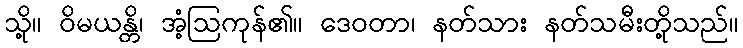
သို့။ ဝိမယန္တိ၊ အံ့ဩကုန်၏။ ဒေဝတာ၊ နတ်သား နတ်သမီးတို့သည်။